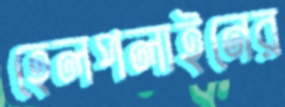
হেলপলাইনের